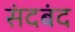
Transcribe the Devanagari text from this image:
संदबंद